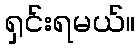
ရှင်းရမယ်။